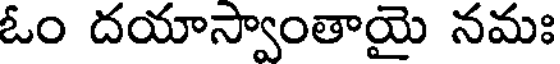
ఓం దయాస్వాంతాయై నమః